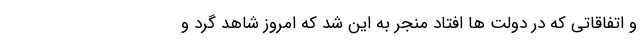
و اتفاقاتی که در دولت ها افتاد منجر به این شد که امروز شاهد گرد و